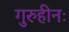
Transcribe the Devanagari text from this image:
गुरुहीनः